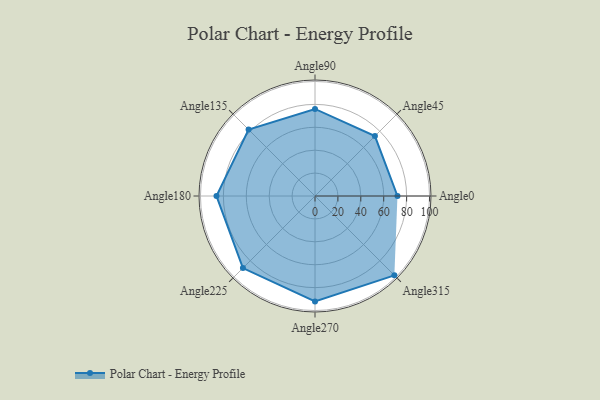
{"axis": {"x": "Angle", "y": "Radius"}, "legend": [""], "data": [{"x": "Angle0", "y": 72.0, "type": ""}, {"x": "Angle45", "y": 74.0, "type": ""}, {"x": "Angle90", "y": 76.0, "type": ""}, {"x": "Angle135", "y": 82.0, "type": ""}, {"x": "Angle180", "y": 86.0, "type": ""}, {"x": "Angle225", "y": 89.0, "type": ""}, {"x": "Angle270", "y": 92.0, "type": ""}, {"x": "Angle315", "y": 98.0, "type": ""}]}